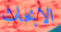
الابحاث